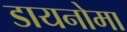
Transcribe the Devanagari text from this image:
डायनोमा